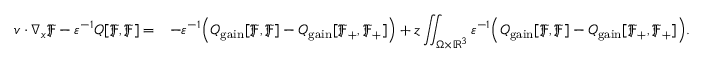
\begin{array} { r l } { v \cdot \nabla _ { x } \mathfrak { F } - \varepsilon ^ { - 1 } Q [ \mathfrak { F } , \mathfrak { F } ] = } & { - \varepsilon ^ { - 1 } \Big ( Q _ { \mathrm { g a i n } } [ \mathfrak { F } , \mathfrak { F } ] - Q _ { \mathrm { g a i n } } [ \mathfrak { F } _ { + } , \mathfrak { F } _ { + } ] \Big ) + \mathfrak { z } \displaystyle \iint _ { \Omega \times \mathbb { R } ^ { 3 } } \varepsilon ^ { - 1 } \Big ( Q _ { \mathrm { g a i n } } [ \mathfrak { F } , \mathfrak { F } ] - Q _ { \mathrm { g a i n } } [ \mathfrak { F } _ { + } , \mathfrak { F } _ { + } ] \Big ) . } \end{array}